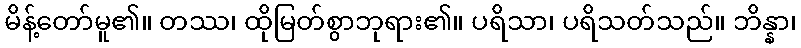
မိန့်တော်မူ၏။ တဿ၊ ထိုမြတ်စွာဘုရား၏။ ပရိသာ၊ ပရိသတ်သည်။ ဘိန္နာ၊